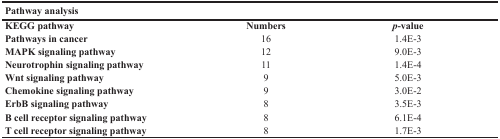
<table><thead><tr><td><b>Pathway analysis</b></td><td></td><td></td></tr></thead><tbody><tr><td><b>KEGG pathway</b></td><td><b>Numbers</b></td><td><b><i>p</i>-value</b></td></tr><tr><td><b>Pathways in cancer</b></td><td>16</td><td>1.4E-3</td></tr><tr><td><b>MAPK signaling pathway</b></td><td>12</td><td>9.0E-3</td></tr><tr><td><b>Neurotrophin signaling pathway</b></td><td>11</td><td>1.4E-4</td></tr><tr><td><b>Wnt signaling pathway</b></td><td>9</td><td>5.0E-3</td></tr><tr><td><b>Chemokine signaling pathway</b></td><td>9</td><td>3.0E-2</td></tr><tr><td><b>ErbB signaling pathway</b></td><td>8</td><td>3.5E-3</td></tr><tr><td><b>B cell receptor signaling pathway</b></td><td>8</td><td>6.1E-4</td></tr><tr><td><b>T cell receptor signaling pathway</b></td><td>8</td><td>1.7E-3</td></tr></tbody></table>